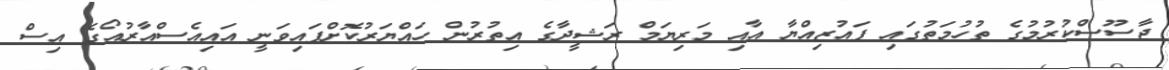
ޖާސޫސްކުރުމުގެ ތުހުމަތުގައި ފައުޒިއްޔާ އާއި މަރިޔަމް ރަޝީދާގެ އިތުރުން ހައްޔަރުކޮށްފައިވަނީ އައިއެސްއާރުއޯގެ އިސް